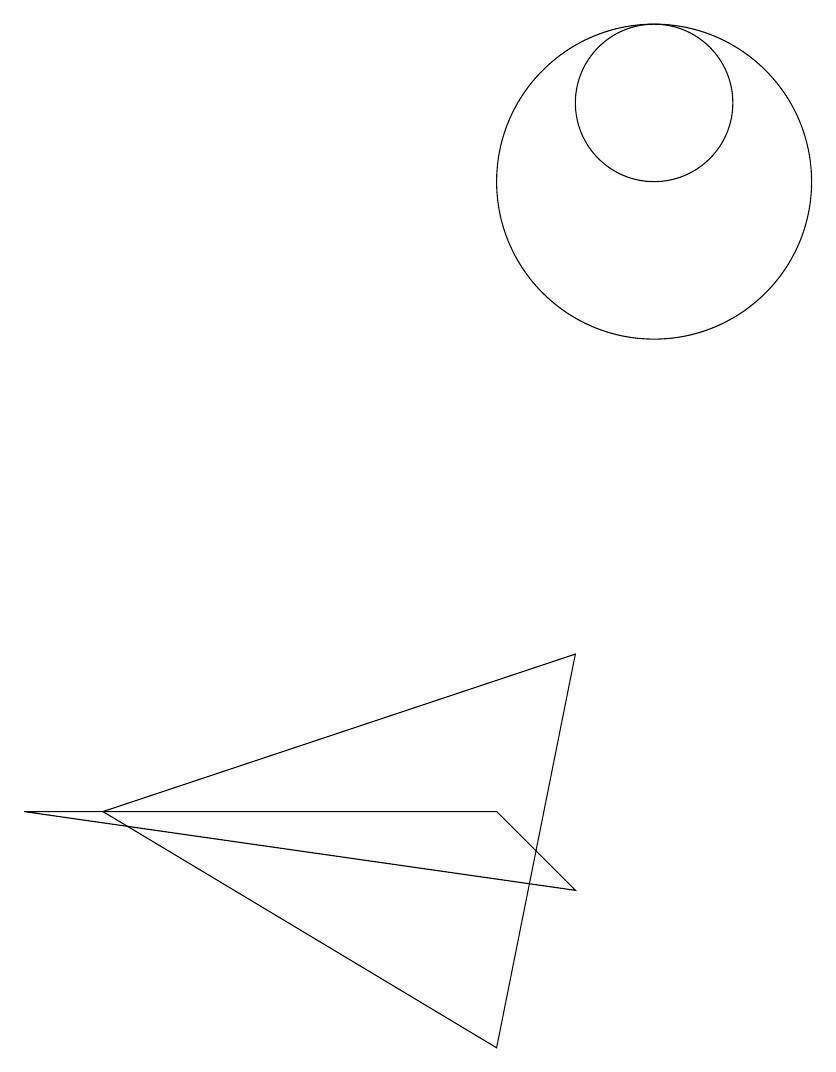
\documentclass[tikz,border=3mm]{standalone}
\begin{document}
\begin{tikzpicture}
\draw (10,11) circle (2);
\draw (3,3) -- (9,5) -- (8,0) -- cycle;
\draw (2,3) -- (9,2) -- (8,3) -- cycle;
\draw (10,12) circle (1);
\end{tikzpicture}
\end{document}